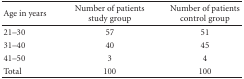
<table><thead><tr><td><b>Age in years</b></td><td><b>Number of patients study group</b></td><td><b>Number of patients control group</b></td></tr></thead><tbody><tr><td>21–30</td><td>57</td><td>51</td></tr><tr><td>31–40</td><td>40</td><td>45</td></tr><tr><td>41–50</td><td>3</td><td>4</td></tr><tr><td>Total</td><td>100</td><td>100</td></tr></tbody></table>